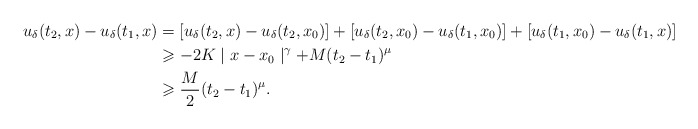
\begin{align*}u_\delta(t_2,x) - u_\delta(t_1,x) & = [u_\delta(t_2,x) - u_\delta(t_2,x_0)] + [u_\delta(t_2,x_0) - u_\delta(t_1,x_0)] + [u_\delta(t_1,x_0) - u_\delta(t_1,x)] \\& \geqslant -2K\mid x - x_0 \mid^\gamma + M (t_2 - t_1)^\mu \\& \geqslant \frac{M}{2} (t_2 - t_1)^\mu.\end{align*}